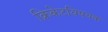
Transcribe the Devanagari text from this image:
क्रिकेटविषयक